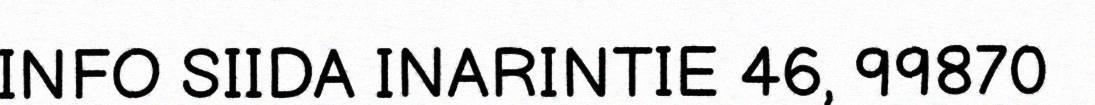
INFO SIIDA INARINTIE 46, 99870